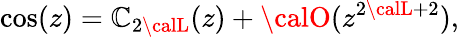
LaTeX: \cos(z)=\mathbb{C}_{2{\calL}}(z)+{\calO}(z^{2{\calL}+2}),